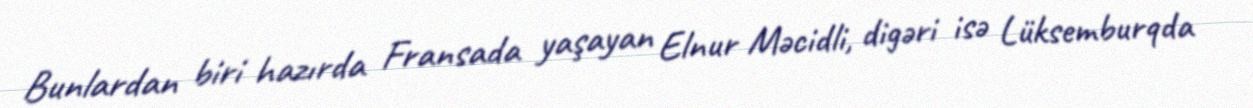
Bunlardan biri hazırda Fransada yaşayan Elnur Məcidli, digəri isə Lüksemburqda